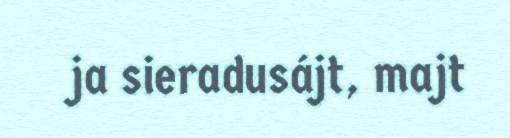
ja sieradusájt, majt